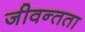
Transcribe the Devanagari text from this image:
जीवन्‍तता